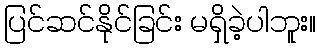
ပြင်ဆင်နိုင်ခြင်း မရှိခဲ့ပါဘူး။